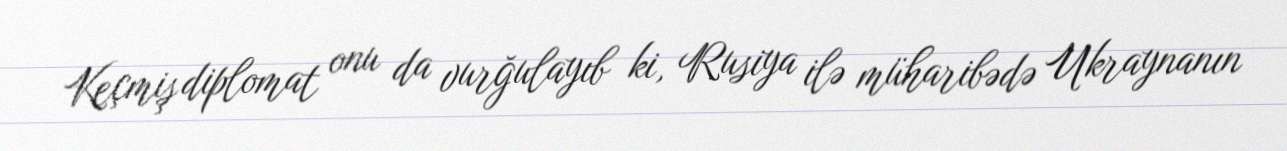
Keçmiş diplomat onu da vurğulayıb ki, Rusiya ilə müharibədə Ukraynanın